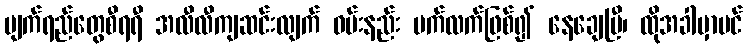
မျက်ရည်တွေစီရရီ အလီလီကျဆင်းလျက် ဝမ်းနည်း ပက်လက်ဖြစ်၍ နေချေပြီ၊ ထိုအခါမှာပင်